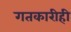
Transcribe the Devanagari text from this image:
गतकारीही